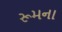
રૂમના